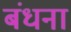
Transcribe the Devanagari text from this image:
बंधना